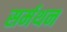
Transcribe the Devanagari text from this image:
सर्मथन